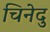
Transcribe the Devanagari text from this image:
चिनेदु